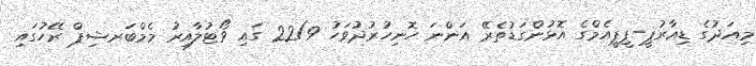
މިއަދުގެ ޑިއާރުޕީ-ޕީޕީއެމްގެ އޮޅުންގަޑުތެރޭ އަންނަ ހޮނިހުރުދުވަހު 22/9 ގައި ވޯޓުލާއިރު މެމްބަރޝިޕް ރޭހުގައި